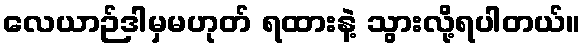
လေယာဉ်ဒါမှမဟုတ် ရထားနဲ့ သွားလို့ရပါတယ်။